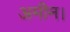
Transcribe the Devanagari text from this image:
अमीन।